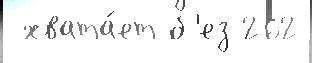
 хвата́ет б'ез 262